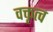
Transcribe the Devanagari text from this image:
वक्तृत्‍व